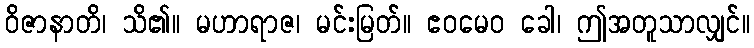
ဝိဇာနာတိ၊ သိ၏။ မဟာရာဇ၊ မင်းမြတ်။ ဧဝမေဝ ခေါ၊ ဤအတူသာလျှင်။